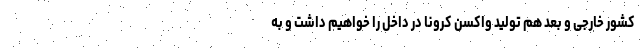
کشور خارجی و بعد هم تولید واکسن کرونا در داخل را خواهیم داشت و به